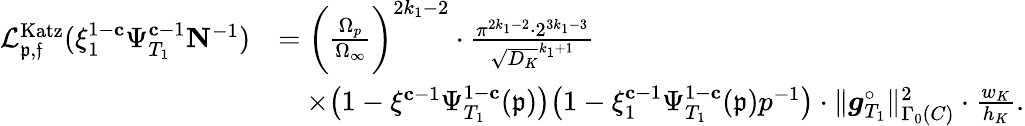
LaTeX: \begin{array}{rl}{{\mathcal L}_{\mathfrak{p},\mathfrak{f}}^{\mathrm{Katz}}(\xi_{1}^{1-\mathbf{c}}\Psi_{T_{1}}^{\mathbf{c}-1}\mathbf{N}^{-1})}&{=\biggl(\frac{\Omega_{p}}{\Omega_{\infty}}\biggr)^{2k_{1}-2}\cdot\frac{\pi^{2k_{1}-2}\cdot 2^{3k_{1}-3}}{\sqrt{D_{K}}^{k_{1}+1}}}\\ &{\quad\times\bigl(1-\xi^{\mathbf{c}-1}\Psi_{T_{1}}^{1-\mathbf{c}}(\mathfrak{p})\bigr)\bigl(1-\xi_{1}^{\mathbf{c}-1}\Psi_{T_{1}}^{1-\mathbf{c}}(\mathfrak{p})p^{-1}\bigr)\cdot\Vert{\boldsymbol{g}}_{T_{1}}^{\circ}\Vert_{\Gamma_{0}(C)}^{2}\cdot\frac{w_{K}}{h_{K}}.}\end{array}